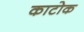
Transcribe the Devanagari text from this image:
काटोक